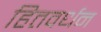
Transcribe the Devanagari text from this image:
हितवर्धन